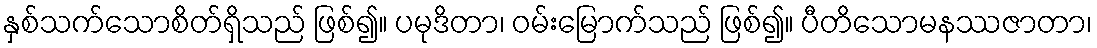
နှစ်သက်သောစိတ်ရှိသည် ဖြစ်၍။ ပမုဒိတာ၊ ဝမ်းမြောက်သည် ဖြစ်၍။ ပီတိသောမနဿဇာတာ၊